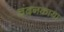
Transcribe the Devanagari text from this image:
चंदनकाया